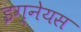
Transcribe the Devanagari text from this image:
इग्नेयस